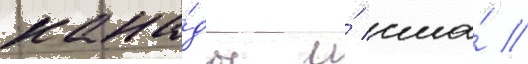
кана́ды и́ сша́ //